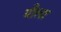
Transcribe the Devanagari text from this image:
यीला